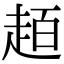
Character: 𧻙